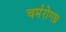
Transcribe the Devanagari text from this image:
चर्मरोगघ्न